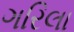
ગરિલા